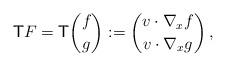
LaTeX: \begin{align*} \mathsf{T} F = \mathsf{T}\binom{f}{g}:=\binom{v\cdot\nabla_x f}{v\cdot\nabla_x g}\,,\end{align*}